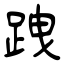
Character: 跩